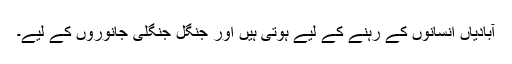
آبادیاں انسانوں کے رہنے کے لیے ہوتی ہیں اور جنگل جنگلی جانوروں کے لیے۔